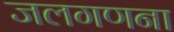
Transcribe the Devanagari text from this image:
जलगणना